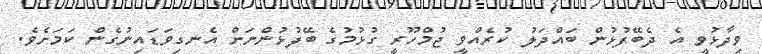
ވިދާޅުވީ އެ ދެބޭފުޅުން ބައްދަލު ކުރެއްވީ ޖުމްހޫރީ ގުޅުމުގެ ބޭފުޅުންނަށް އެނގިވަޑައިނުގެން ކަމަށެވެ.